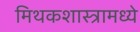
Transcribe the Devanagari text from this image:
मिथकशास्त्रामध्ये